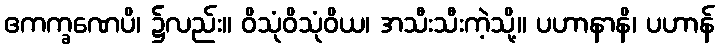
ဧကက္ခဏေပိ၊ ၌လည်း။ ဝိသုံဝိသုံဝိယ၊ အသီးသီးကဲ့သို့။ ပဟာနာနိ၊ ပဟာန်